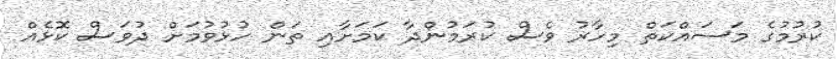
ކުރުމުގެ މަސައްކަތް މިހާރު ވެސް ކުރަމުންދާ ކަމަށާއި ތަން ހުޅުވުމަށް ދުވަސް ކޮޅެއް